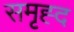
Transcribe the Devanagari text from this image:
समृह्द